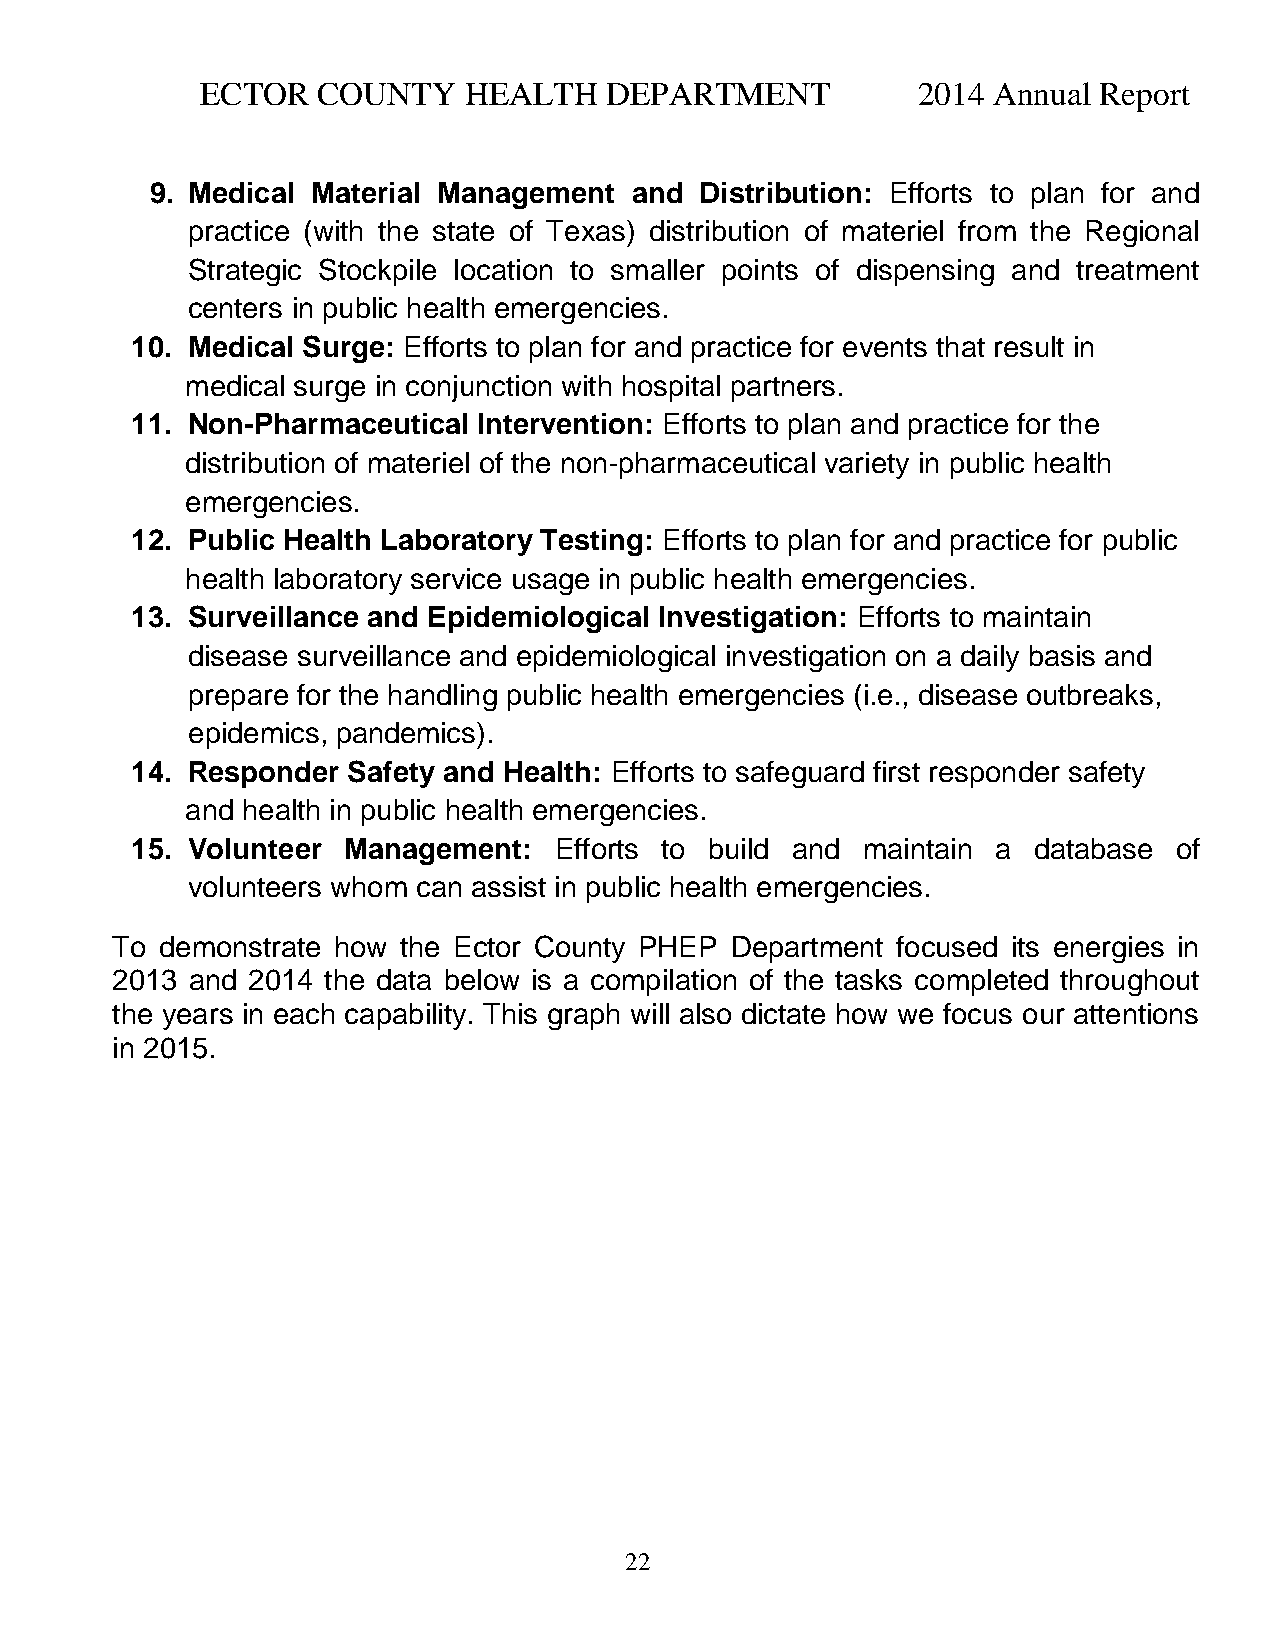
ECTOR   COUNTY    HEALTH   DEPARTMENT           2014 Annual Report
 9. Medical Material Management  and Distribution: Efforts to plan for and
 practice (with the state of Texas) distribution of materiel from the Regional
 Strategic Stockpile location to smaller points of dispensing and treatment
 centers in public health emergencies.
 10. Medical Surge: Efforts to plan for and practice for events that result in
 medical surge in conjunction with hospital partners.
 11. Non-Pharmaceutical Intervention: Efforts to plan and practice for the
 distribution of materiel of the non-pharmaceutical variety in public health
 emergencies.
 12. Public Health Laboratory Testing: Efforts to plan for and practice for public
 health laboratory service usage in public health emergencies.
 13. Surveillance and Epidemiological Investigation: Efforts to maintain
 disease surveillance and epidemiological investigation on a daily basis and
 prepare for the handling public health emergencies (i.e., disease outbreaks,
 epidemics, pandemics).
 14. Responder Safety and Health: Efforts to safeguard first responder safety
 and health in public health emergencies.
 15. Volunteer Management:   Efforts to build and maintain a database of
 volunteers whom can assist in public health emergencies.
 To  demonstrate how the Ector County PHEP Department focused its energies in
 2013 and 2014 the data below is a compilation of the tasks completed throughout
 the years in each capability. This graph will also dictate how we focus our attentions
 in 2015.
 22